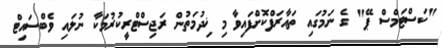
"ކަސްޓަމްސް ޕޭ" ގެ ނަމުގައި ތައާރަފްކޮށްފައިވާ މި ޚިދުމަތުން ރަޖިސްޓްރީކުރުމަކާ ނުލައި ވެބްސައިޓް